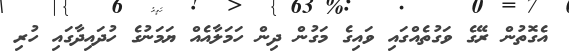
އެގޮތުން ރޭގެ ވަގުތެއްގައި ވައިގެ މަގުން ދިން ހަމަލާއެއް ޔަމަނުގެ ހުދައިދާގައި ހުރި